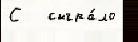
С   сыгра́ло